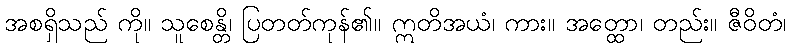
အစရှိသည် ကို။ သူစေန္တိ၊ ပြတတ်ကုန်၏။ ဣတိအယံ၊ ကား။ အတ္ထော၊ တည်း။ ဇီဝိတံ၊